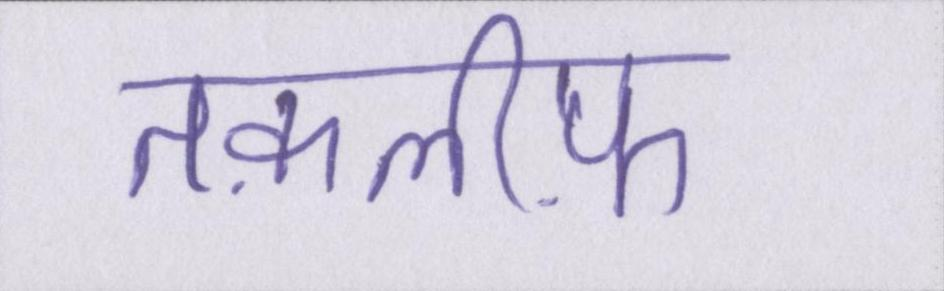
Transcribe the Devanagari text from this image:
तक़लीफ़